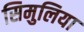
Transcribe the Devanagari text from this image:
सिमुलिया